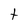
Character: t